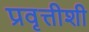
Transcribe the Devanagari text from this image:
प्रवृत्तीशी